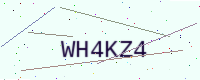
Text: WH4KZ4